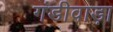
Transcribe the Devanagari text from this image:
गंडीवाड़ा